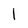
Character: 1